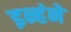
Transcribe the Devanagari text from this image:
इन्हंने